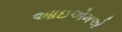
આઇએમએ